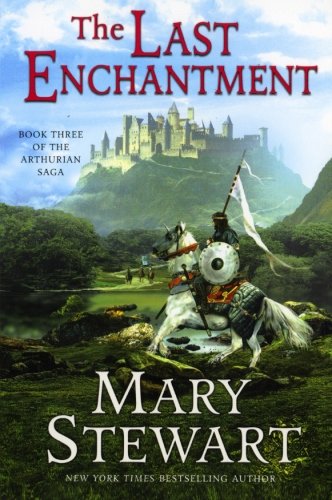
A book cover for The Last Enchantment (The Arthurian Saga, Book 3); Mary Stewart; Science Fiction & Fantasy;